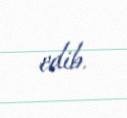
edib.